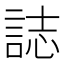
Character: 誌